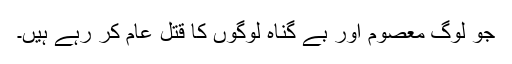
جو لوگ معصوم اور بے گناہ لوگوں کا قتلِ عام کر رہے ہیں۔